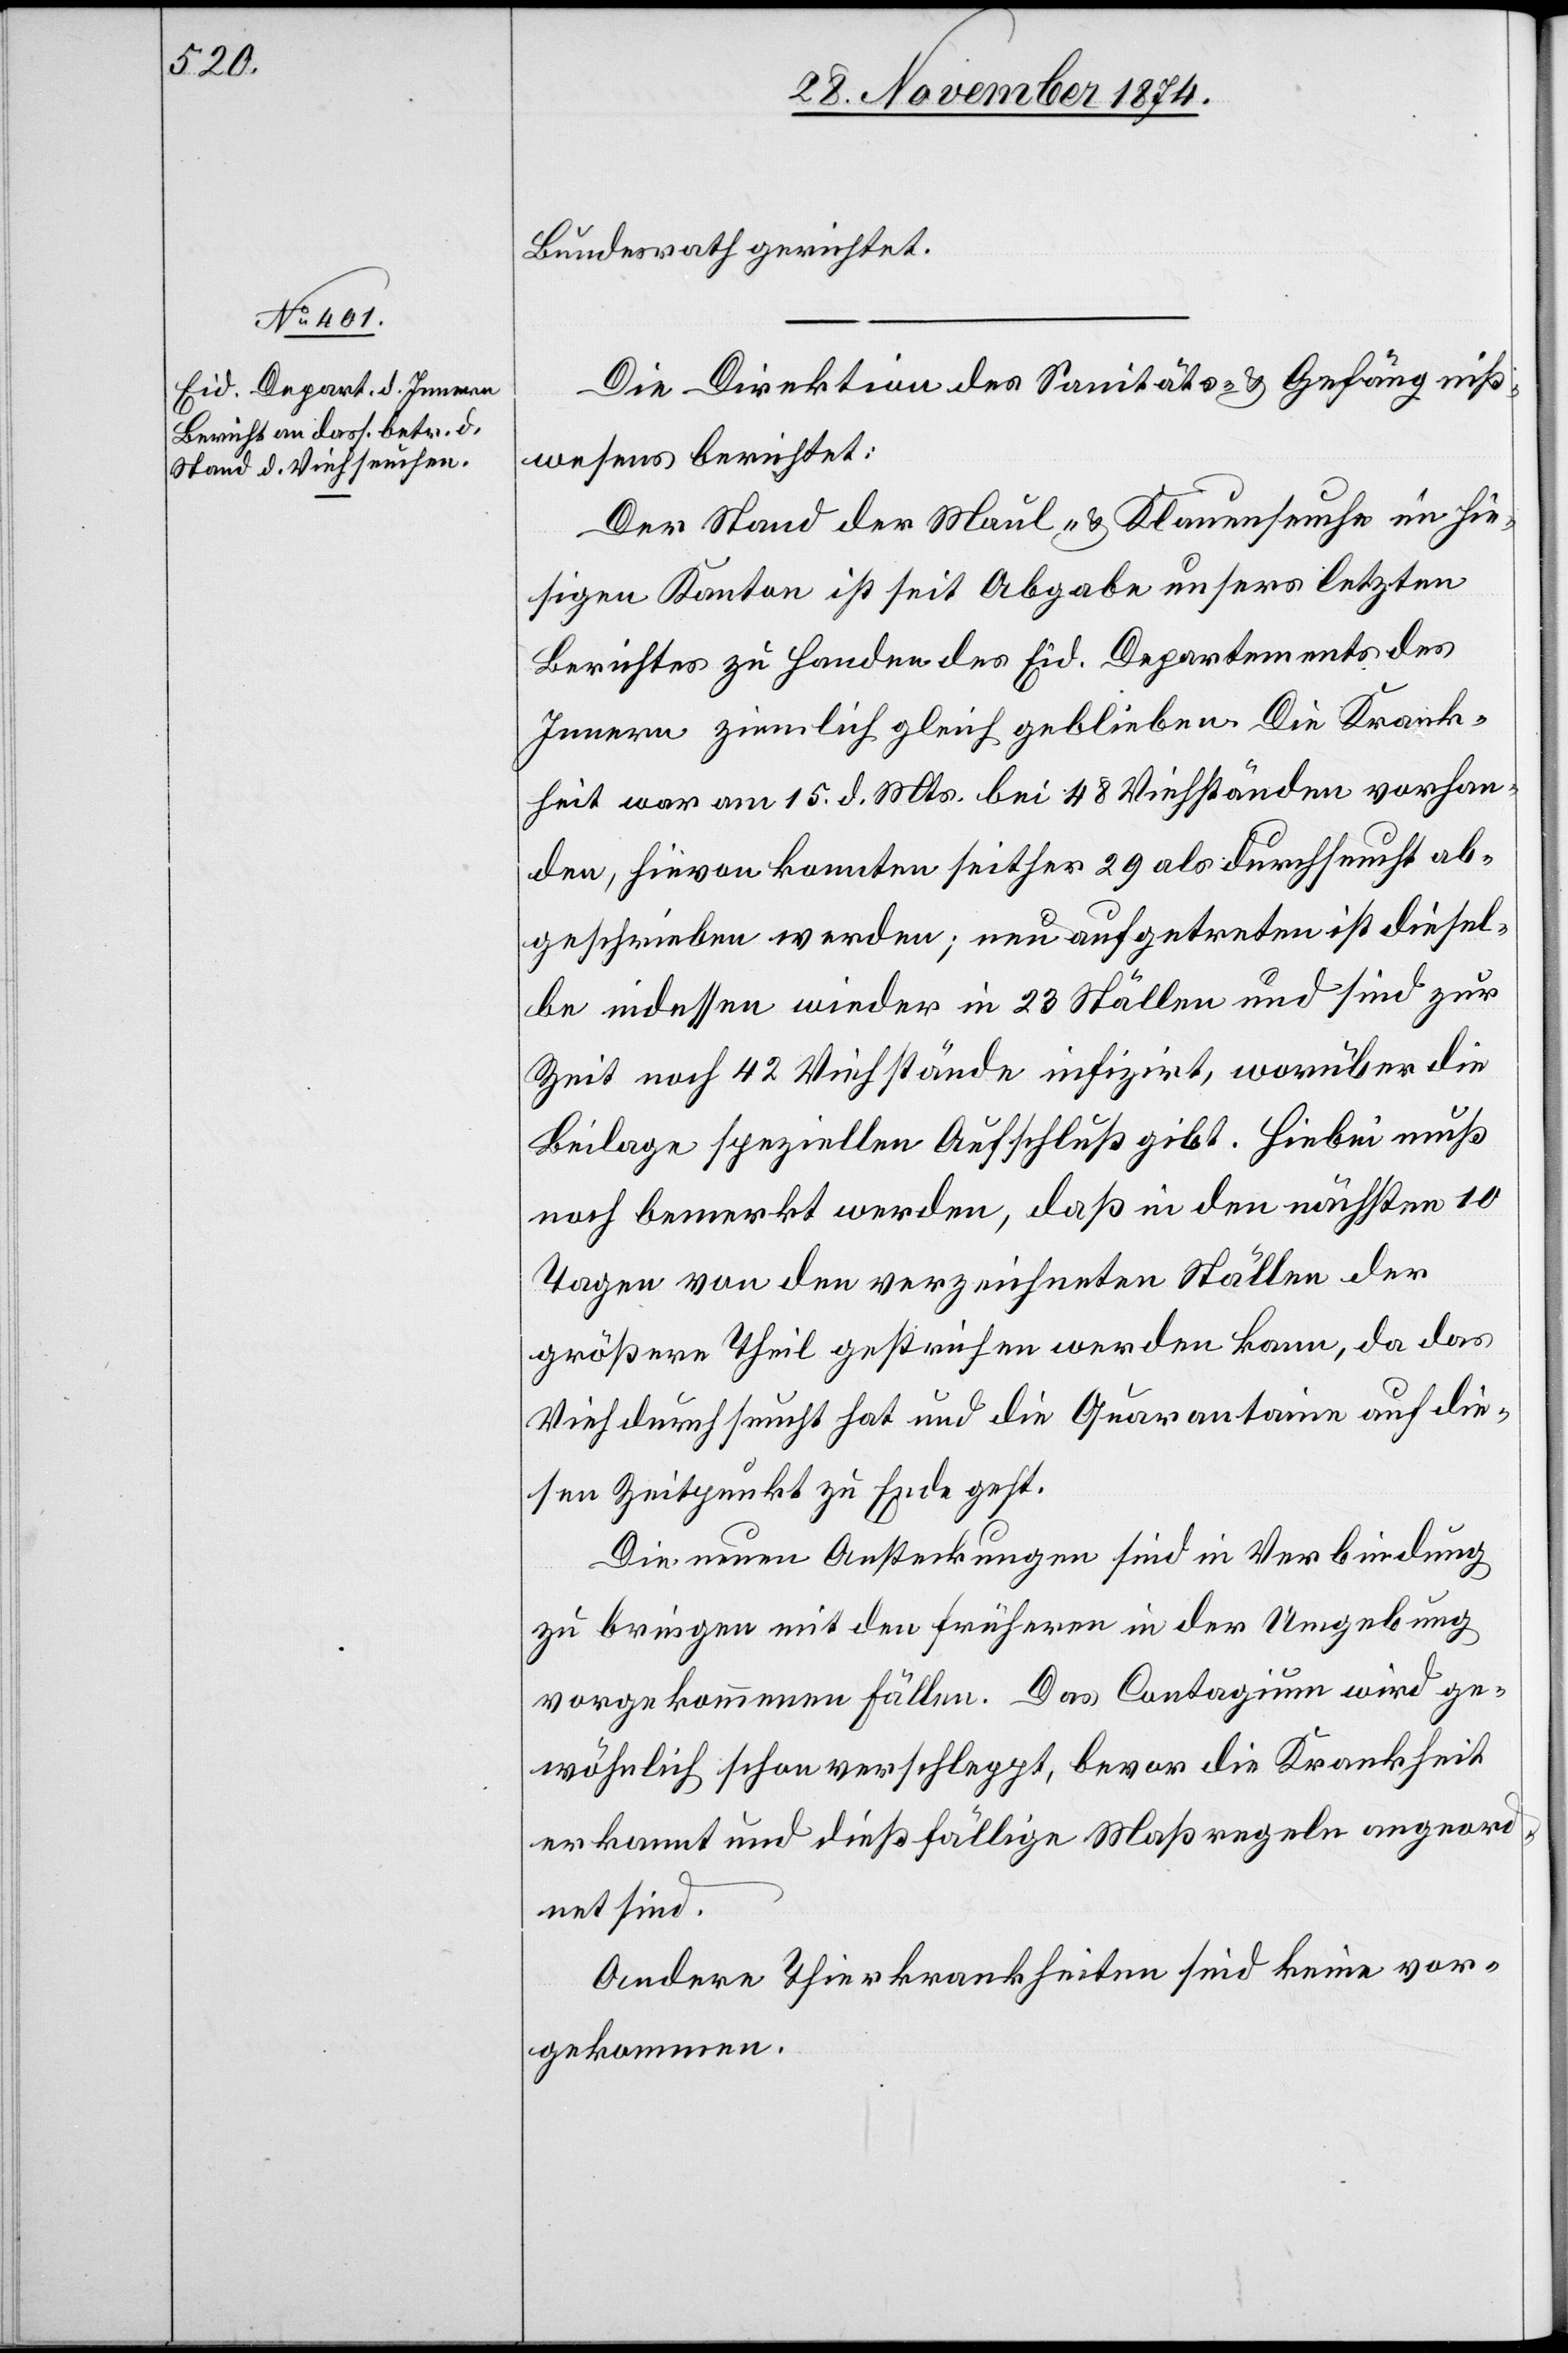
30. November 1874.]
Bundesrath gerichtet.
Die Direktion des Sanitäts- & Gefängniß¬
wesens berichtet:
Der Stand der Maul- & Klauenseuche im hie¬
sigen Kanton ist seit Abgabe unsers letzten
Berichtes zu Handen des Eid. Departements des
Innern ziemlich gleich geblieben. Die Krank¬
heit war am 15. d. Mts. bei 48 Viehständen vorhan¬
den, hievon konnten seither 29 als durchseucht ab¬
geschrieben werden; neu aufgetreten ist diesel¬
be indessen wieder in 23 Ställen und sind zur
Zeit noch 42 Viehstände infizirt, worüber die
Beilage speziellen Aufschluß gibt. Hiebei muß
noch bemerkt werden, daß in den nächsten 10
Tagen von den verzeichneten Ställen der
größere Theil gestrichen werden kann, da das
Vieh durchseucht hat und die Quarantaine auf die¬
sen Zeitpunkt zu Ende geht.
Die neuen Ansteckungen sind in Verbindung
zu bringen mit den frühern in der Umgebung
vorgekommenen Fällen. Das Contagium wird ge¬
wöhnlich schon verschleppt, bevor die Krankheit
erkannt und dießfällige Maßregeln angeord¬
net sind.
Andere Thierkrankheiten sind keine vor¬
gekommen.